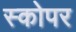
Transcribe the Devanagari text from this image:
स्कोपर